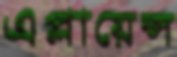
এপ্লায়েন্স